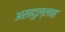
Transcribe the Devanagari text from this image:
असादुल्लाह